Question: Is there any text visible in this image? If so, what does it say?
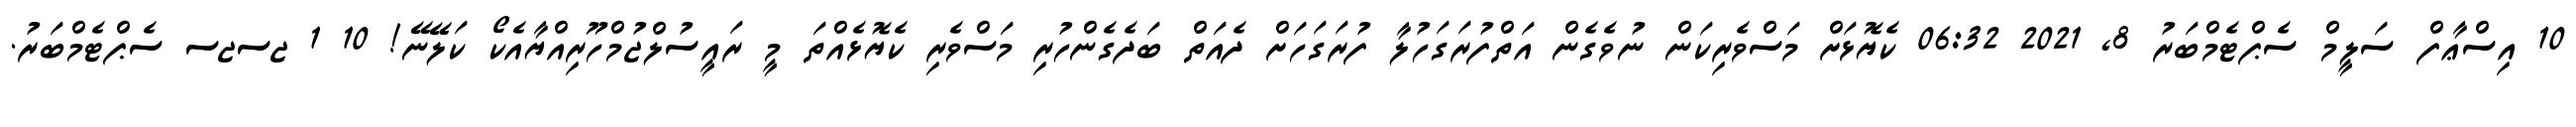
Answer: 10 އިސްޢާފް ސަލީމް ސެޕްޓެމްބަރު 8, 2021 06:32 ކެޔޮޅަށް މަސްވެރިކަން ނުވެގެން އަތްފުރަގަހުލާ ފުރަގަހަށް ދެއަތް ބަދެގެންހުރި މަސްވެރި ކެޔޮޅެއްތަ މީ ރައީސުލްޖުމްހޫރިއްޔާއެކޯ ކަލޭނޭ! 10 1 ޖސޖސ ސެޕްޓެމްބަރު.